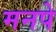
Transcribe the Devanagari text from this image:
मनपे